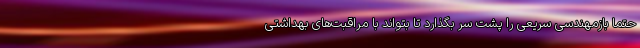
حتما بازمهندسی سریعی را پشت سر بگذارد تا بتواند با مراقبت‌های بهداشتی